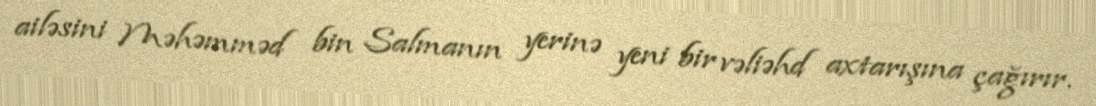
ailəsini Məhəmməd bin Salmanın yerinə yeni bir vəliəhd axtarışına çağırır.